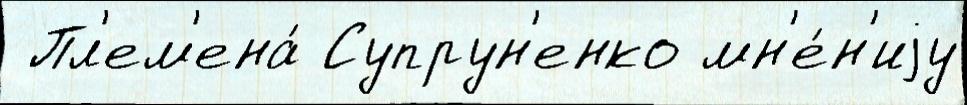
 Пл'ем'ена́ Супрун'енко мн'е́н'иjу